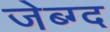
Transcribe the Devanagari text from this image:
जेब्ग्द